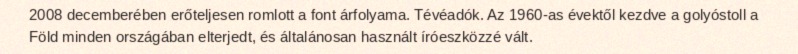
2008 decemberében erőteljesen romlott a font árfolyama. Tévéadók. Az 1960-as évektől kezdve a golyóstoll a Föld minden országában elterjedt, és általánosan használt íróeszközzé vált.